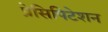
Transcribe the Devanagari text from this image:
प्रेसिपिटेशन